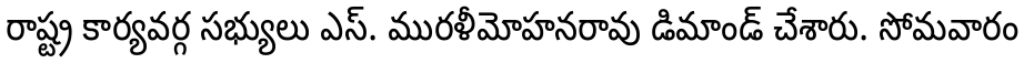
రాష్ట్ర కార్యవర్గ సభ్యులు ఎస్. మురళీమోహనరావు డిమాండ్ చేశారు. సోమవారం